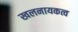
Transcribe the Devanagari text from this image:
खलनायकत्व